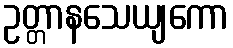
ဥတ္တာနသေယျကော